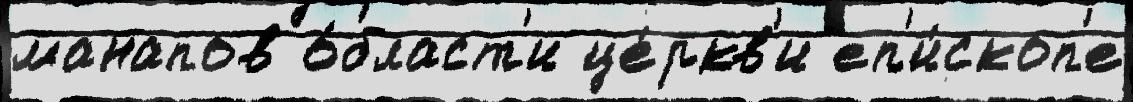
манапов о́бласт'и це́ркв'и еп'и́скоп'е